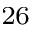
^ { 2 6 }